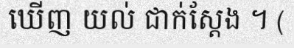
ឃើញ យល់ ជាក់ស្តែង ។ (